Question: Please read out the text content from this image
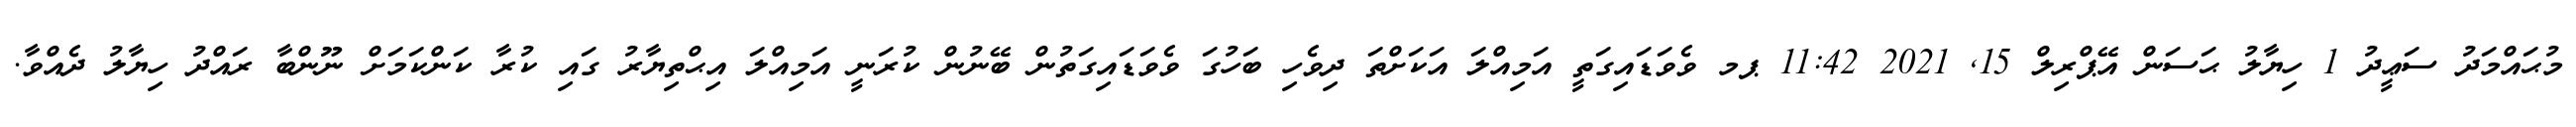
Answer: މުޙައްމަދު ސަޢީދު 1 ހިޔާލު ޙަސަން އޭޕްރިލް 15, 2021 11:42 ޕމ ވެވަޑައިގަތީ އަމިއްލަ އަކަށްތަ ދިވެހި ބަހުގަ ވެވަޑައިގަތުން ބޭނުން ކުރަނީ އަމިއްލަ އިޙްތިޔާރު ގައި ކުރާ ކަންކަމަށް ނޫންބާ ރައްދު ހިޔާލު ދެއްވާ.